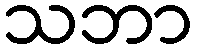
သဘာ